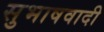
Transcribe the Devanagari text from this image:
सुभाषवादी